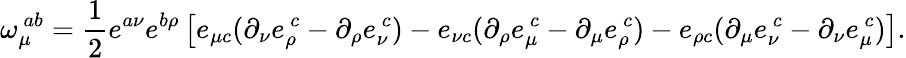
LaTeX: \omega_{\mu}^{\ ab}=\frac{1}{2}e^{a\nu}e^{b\rho}\left[e_{\mu c}(\partial_{\nu}e_{\rho}^{\ c}-\partial_{\rho}e_{\nu}^{\ c})-e_{\nu c}(\partial_{\rho}e_{\mu}^{\ c}-\partial_{\mu}e_{\rho}^{\ c})-e_{\rho c}(\partial_{\mu}e_{\nu}^{\ c}-\partial_{\nu}e_{\mu}^{\ c})\right].